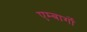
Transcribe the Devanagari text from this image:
एम्बार्गो